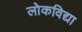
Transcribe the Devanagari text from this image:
लोकविद्या